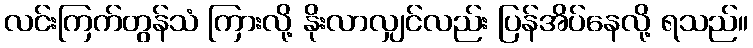
လင်းကြက်တွန်သံ ကြားလို့ နိုးလာလျှင်လည်း ပြန်အိပ်နေလို့ ရသည်။